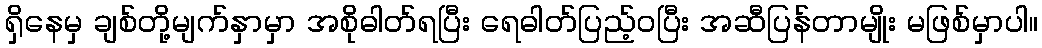
ရှိနေမှ ချစ်တို့မျက်နှာမှာ အစိုဓါတ်ရပြီး ရေဓါတ်ပြည့်ဝပြီး အဆီပြန်တာမျိုး မဖြစ်မှာပါ။